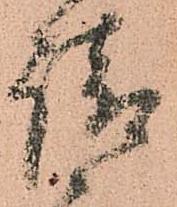
請